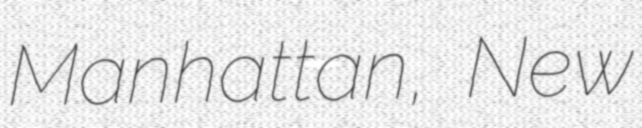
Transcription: Manhattan, New